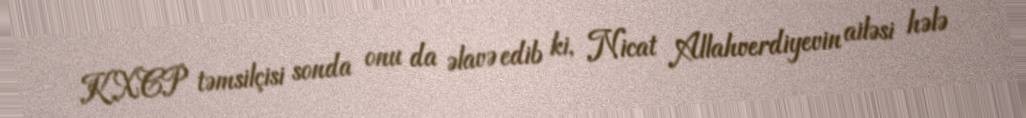
KXCP təmsilçisi sonda onu da əlavə edib ki, Nicat Allahverdiyevin ailəsi hələ